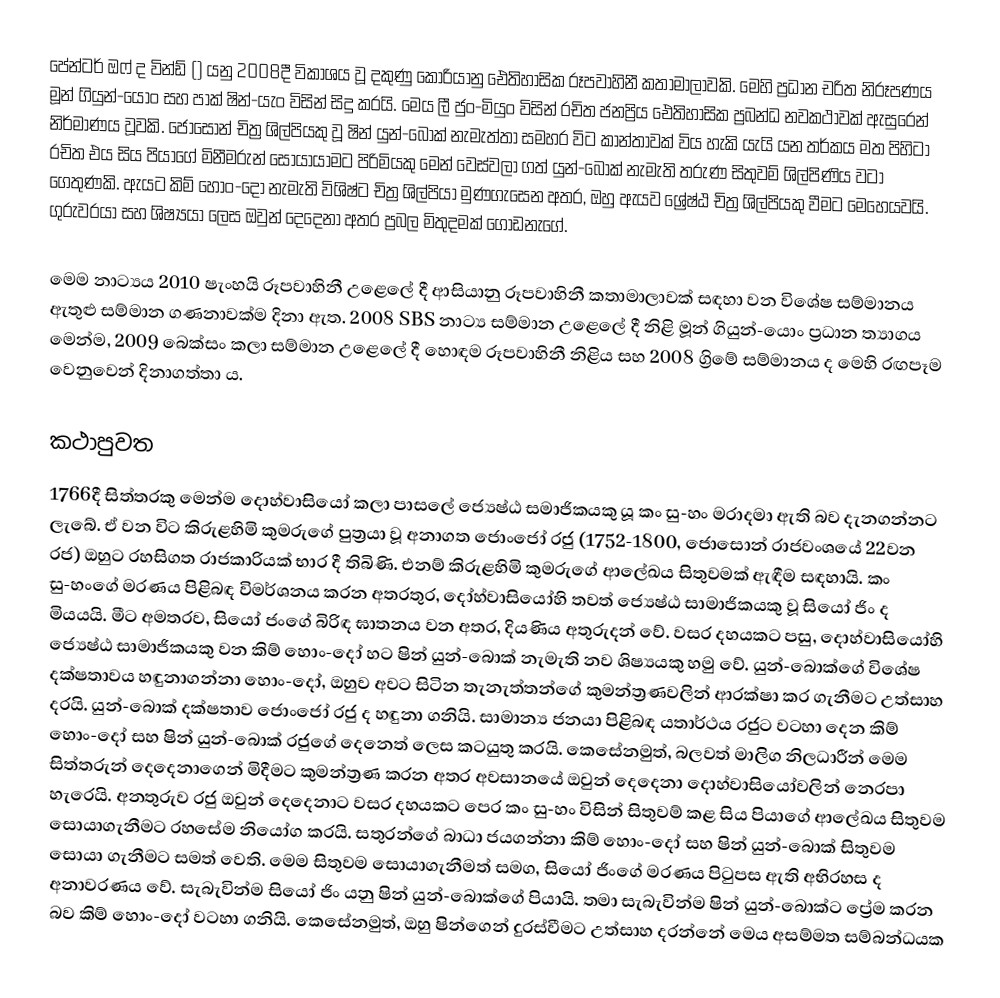
පේන්ටර් ඔෆ් ද වින්ඩ් () යනු 2008දී විකාශය වූ දකුණු කොරියානු ඓතිහාසික රූපවාහිනී කතාමාලාවකි. මෙහි ප්‍රධාන චරිත නිරූපණය මූන් ගියුන්-යොං සහ පාක් ෂින්-යැං විසින් සිදු කරයි. මෙය ලී ජුං-මියුං‍ විසින් රචිත ජනප්‍රිය ඓතිහාසික ප්‍රබන්ධ නවකථාවක් ඇසුරෙන් නිර්මාණය වූවකි. ජොසොන් චිත්‍ර ශිල්පියකු වූ ෂින් යුන්-බොක් නැමැත්තා සමහර විට කාන්තාවක් විය හැකි යැයි යන තර්කය මත පිහිටා රචිත එය සිය පියාගේ මිනීමරුන් සොයායාමට පිරිමියකු මෙන් වෙස්වලා ගත් යුන්-බොක් නැමැති තරුණ සිතුවම් ශිල්පිණිය වටා ගෙතුණකි. ඇයට කිම් හොං-දෝ නැමැති විශිෂ්ට චිත්‍ර ශිල්පියා මුණගැසෙන අතර, ඔහු ඇයව ශ්‍රේෂ්ඨ චිත්‍ර ශිල්පියකු වීමට මෙහෙයවයි. ගුරුවරයා සහ ශිෂ්‍යයා ලෙස ඔවුන් දෙදෙනා අතර ප්‍රබල මිතුදමක් ගොඩනැගේ.

මෙම නාට්‍යය 2010 ෂැංහයි රූපවාහිනී උළෙලේ දී ආසියානු රූපවාහිනී කතාමාලාවක් සඳහා වන විශේෂ සම්මානය ඇතුළු සම්මාන ගණනාවක්ම දිනා ඇත. 2008 SBS නාට්‍ය සම්මාන උළෙලේ දී නිළි මූන් ගියුන්-යොං ප්‍රධාන ත්‍යාගය මෙන්ම, 2009 බෙක්සං කලා සම්මාන උළෙලේ දී හොඳම රූපවාහිනී නිළිය සහ 2008 ග්‍රිමේ සම්මානය ද මෙහි රඟපෑම වෙනුවෙන් දිනාගත්තා ය.

කථාපුවත
1766දී සිත්තරකු මෙන්ම දොහ්වාසියෝ කලා පාසලේ ජ්‍යෙෂ්ඨ සමාජිකයකු යූ කං සු-හං මරාදමා ඇති බව දැනගන්නට ලැබේ. ඒ වන විට කිරුළහිමි කුමරුගේ පුත්‍රයා වූ අනාගත ජොංජෝ රජු (1752-1800, ජොසොන් රාජවංශයේ 22වන රජ) ඔහුට රහසිගත රාජකාරියක් භාර දී තිබිණි. එනම් කිරුළහිමි කුමරුගේ ආලේඛය සිතුවමක් ඇඳීම සඳහායි. කං සු-හංගේ මරණය පිළිබඳ විමර්ශනය කරන අතරතුර, දෝහ්වාසියෝහි තවත් ජ්‍යෙෂ්ඨ සාමාජිකයකු වූ සියෝ ජිං ද මියයයි. මීට අමතරව, සියෝ ජංගේ බිරිඳ ඝාතනය වන අතර, දියණිය අතුරුදන් වේ. වසර දහයකට පසු, දොහ්වාසියෝහි ජ්‍යෙෂ්ඨ සාමාජිකයකු වන කිම් හොං-දෝ හට ෂින් යුන්-බොක් නැමැති නව ශිෂ්‍යයකු හමු වේ. යුන්-බොක්ගේ විශේෂ දක්ෂතාවය හඳුනාගන්නා හොං-දෝ, ඔහුව අවට සිටින තැනැත්තන්ගේ කුමන්ත්‍රණවලින් ආරක්ෂා කර ගැනීමට උත්සාහ දරයි. යුන්-බොක් දක්ෂතාව ජොංජෝ රජු ද හඳුනා ගනියි. සාමාන්‍ය ජනයා පිළිබඳ යතාර්ථය රජුට වටහා දෙන කිම් හොං-දෝ සහ ෂින් යුන්-බොක් රජුගේ දෙනෙත් ලෙස කටයුතු කරයි. කෙසේනමුත්, බලවත් මාලිග නිලධාරීන් මෙම සිත්තරුන් දෙදෙනාගෙන් මිදීමට කුමන්ත්‍රණ කරන අතර අවසානයේ ඔවුන් දෙදෙනා දොහ්වාසියෝවලින් නෙරපා හැරෙයි. අනතුරුව රජු ඔවුන් දෙදෙනාට වසර දහයකට පෙර කං සු-හං විසින් සිතුවම් කළ සිය පියාගේ ආලේඛය සිතුවම සොයාගැනීමට රහසේම නියෝග කරයි. සතුරන්ගේ බාධා ජයගන්නා කිම් හොං-දෝ සහ ෂින් යුන්-බොක් සිතුවම සොයා ගැනීමට සමත් වෙති. මෙම සිතුවම සොයාගැනීමත් සමග, සියෝ ජිංගේ මරණය පිටුපස ඇති අභිරහස ද අනාවරණය වේ. සැබැවින්ම සියෝ ජිං යනු ෂින් යුන්-බොක්ගේ පියායි. තමා සැබැවින්ම ෂින් යුන්-බොක්ට ප්‍රේම කරන බව කිම් හොං-දෝ වටහා ගනියි‍. කෙසේනමුත්, ඔහු ෂින්ගෙන් දුරස්වීමට උත්සාහ දරන්නේ මෙය අසම්මත සම්බන්ධයක